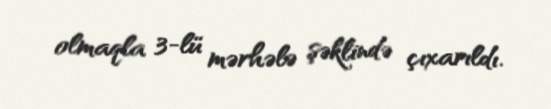
olmaqla 3-lü mərhələ şəklində çıxarıldı.